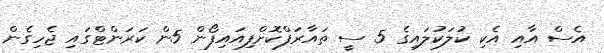
އެސް އާއި އެކި ކުލަކުލައިގެ 5 ސީ ތައާރަފްކޮށްފިއައިފޯން 5ން ކަރަންޓްގައި ޖެހިގެން